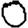
Digit: 0